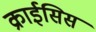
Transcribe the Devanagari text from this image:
क्राईसिस